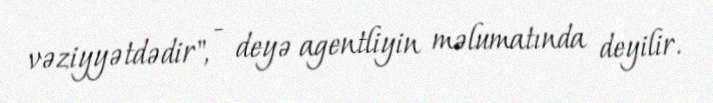
vəziyyətdədir", - deyə agentliyin məlumatında deyilir.